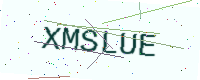
Text: XMSLUE